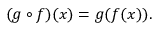
( g \circ f ) ( x ) = g ( f ( x ) ) .